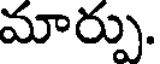
మార్పు.